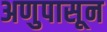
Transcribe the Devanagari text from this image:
अणुपासून